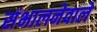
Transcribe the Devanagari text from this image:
संभालनेवाले